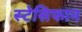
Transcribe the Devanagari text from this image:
स्टेसिफान